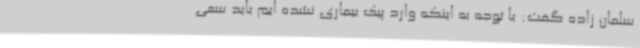
سلمان زاده گفت: با توجه به اینکه وارد پیک بیماری نشده ایم باید سعی